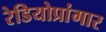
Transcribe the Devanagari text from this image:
रेडियोप्रांगार